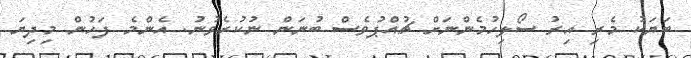
ބަޔަކު މެރި އިރު ސޯލިހުމެންނަށް ޗުއްޕުވެސް ބުނަން ނުކުރެވުނު. އެންމެ ފަހުން މިދިޔަ